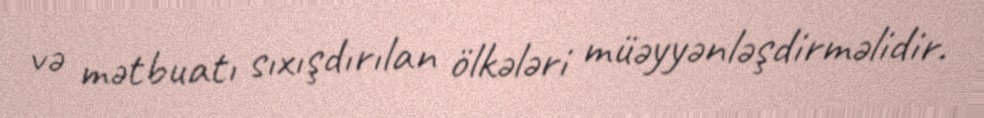
və mətbuatı sıxışdırılan ölkələri müəyyənləşdirməlidir.